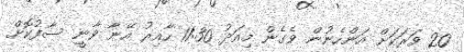
20 ވަރަކަށް އަންހެނުން ވެގެން މިއަދު 11:30 ހާއިރު އޭނާ ވާނީ ސާފުކޮށް